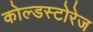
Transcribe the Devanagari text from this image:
कोल्डस्टोरेज